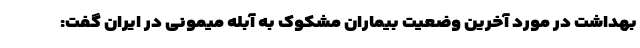
بهداشت در مورد آخرین وضعیت بیماران مشکوک به آبله میمونی در ایران گفت: